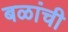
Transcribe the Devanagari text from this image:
बळांची